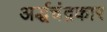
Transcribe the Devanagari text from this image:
अर्द्धचंद्रकार